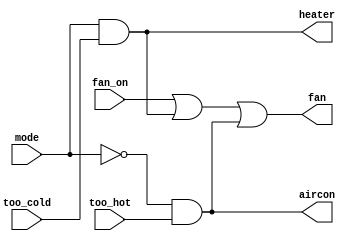
module top_module (
    input too_cold,
    input too_hot,
    input mode,
    input fan_on,
    output heater,
    output aircon,
    output fan
);
    wire w1,w2;
    assign w1 = mode&too_cold;
    assign w2 = ~mode&too_hot;
    assign heater = w1;
    assign aircon = w2;
    assign fan = fan_on | w1 | w2;

endmodule